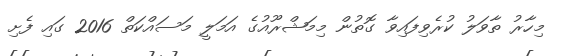
މިހާރު ތާވަލު ކުރެވިފައިވާ ގޮތުން މިމަޝްރޫއުގެ އަމަލީ މަސައްކަތް 2016 ގައި ފެށި